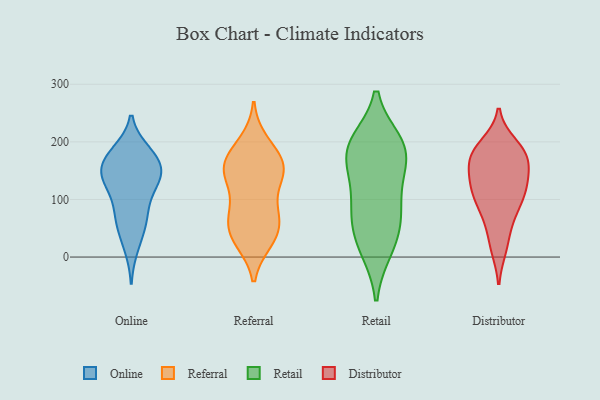
{"axis": {"x": "LTV (USD)", "y": "Value"}, "legend": ["Distributor", "Online", "Referral", "Retail"], "data": [{"x": "", "y": 177, "type": "Online"}, {"x": "", "y": 48, "type": "Online"}, {"x": "", "y": 137, "type": "Online"}, {"x": "", "y": 77, "type": "Online"}, {"x": "", "y": 133, "type": "Online"}, {"x": "", "y": 17, "type": "Online"}, {"x": "", "y": 63, "type": "Online"}, {"x": "", "y": 175, "type": "Online"}, {"x": "", "y": 167, "type": "Online"}, {"x": "", "y": 158, "type": "Online"}, {"x": "", "y": 84, "type": "Online"}, {"x": "", "y": 182, "type": "Online"}, {"x": "", "y": 141, "type": "Online"}, {"x": "", "y": 134, "type": "Online"}, {"x": "", "y": 128, "type": "Online"}, {"x": "", "y": 85, "type": "Referral"}, {"x": "", "y": 42, "type": "Referral"}, {"x": "", "y": 74, "type": "Referral"}, {"x": "", "y": 33, "type": "Referral"}, {"x": "", "y": 168, "type": "Referral"}, {"x": "", "y": 34, "type": "Referral"}, {"x": "", "y": 65, "type": "Referral"}, {"x": "", "y": 161, "type": "Referral"}, {"x": "", "y": 28, "type": "Referral"}, {"x": "", "y": 199, "type": "Referral"}, {"x": "", "y": 150, "type": "Referral"}, {"x": "", "y": 133, "type": "Referral"}, {"x": "", "y": 151, "type": "Referral"}, {"x": "", "y": 142, "type": "Referral"}, {"x": "", "y": 78, "type": "Referral"}, {"x": "", "y": 151, "type": "Referral"}, {"x": "", "y": 188, "type": "Referral"}, {"x": "", "y": 70, "type": "Retail"}, {"x": "", "y": 200, "type": "Retail"}, {"x": "", "y": 197, "type": "Retail"}, {"x": "", "y": 55, "type": "Retail"}, {"x": "", "y": 146, "type": "Retail"}, {"x": "", "y": 12, "type": "Retail"}, {"x": "", "y": 12, "type": "Retail"}, {"x": "", "y": 162, "type": "Retail"}, {"x": "", "y": 191, "type": "Retail"}, {"x": "", "y": 56, "type": "Retail"}, {"x": "", "y": 200, "type": "Retail"}, {"x": "", "y": 168, "type": "Retail"}, {"x": "", "y": 94, "type": "Retail"}, {"x": "", "y": 111, "type": "Retail"}, {"x": "", "y": 122, "type": "Distributor"}, {"x": "", "y": 111, "type": "Distributor"}, {"x": "", "y": 62, "type": "Distributor"}, {"x": "", "y": 78, "type": "Distributor"}, {"x": "", "y": 164, "type": "Distributor"}, {"x": "", "y": 115, "type": "Distributor"}, {"x": "", "y": 81, "type": "Distributor"}, {"x": "", "y": 125, "type": "Distributor"}, {"x": "", "y": 109, "type": "Distributor"}, {"x": "", "y": 177, "type": "Distributor"}, {"x": "", "y": 194, "type": "Distributor"}, {"x": "", "y": 21, "type": "Distributor"}, {"x": "", "y": 174, "type": "Distributor"}, {"x": "", "y": 134, "type": "Distributor"}, {"x": "", "y": 153, "type": "Distributor"}, {"x": "", "y": 17, "type": "Distributor"}, {"x": "", "y": 184, "type": "Distributor"}, {"x": "", "y": 181, "type": "Distributor"}, {"x": "", "y": 178, "type": "Distributor"}]}